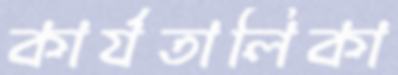
কার্যতালিকা